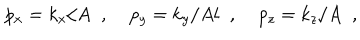
p _ { x } = k _ { x } / A \; \; , \; p _ { y } = k _ { y } / A l \; \; , \; p _ { z } = k _ { z } / A \; \; ,